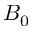
B _ { 0 }